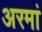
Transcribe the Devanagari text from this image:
अरमां